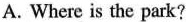
A. Where is the park?